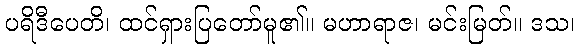
ပရိဒီပေတိ၊ ထင်ရှားပြတော်မူ၏။ မဟာရာဇ၊ မင်းမြတ်။ ဒသ၊